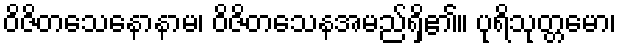
ဝိဇိတသေနောနာမ၊ ဝိဇိတသေနအမည်ရှိ၏။ ပုရိသုတ္တမော၊